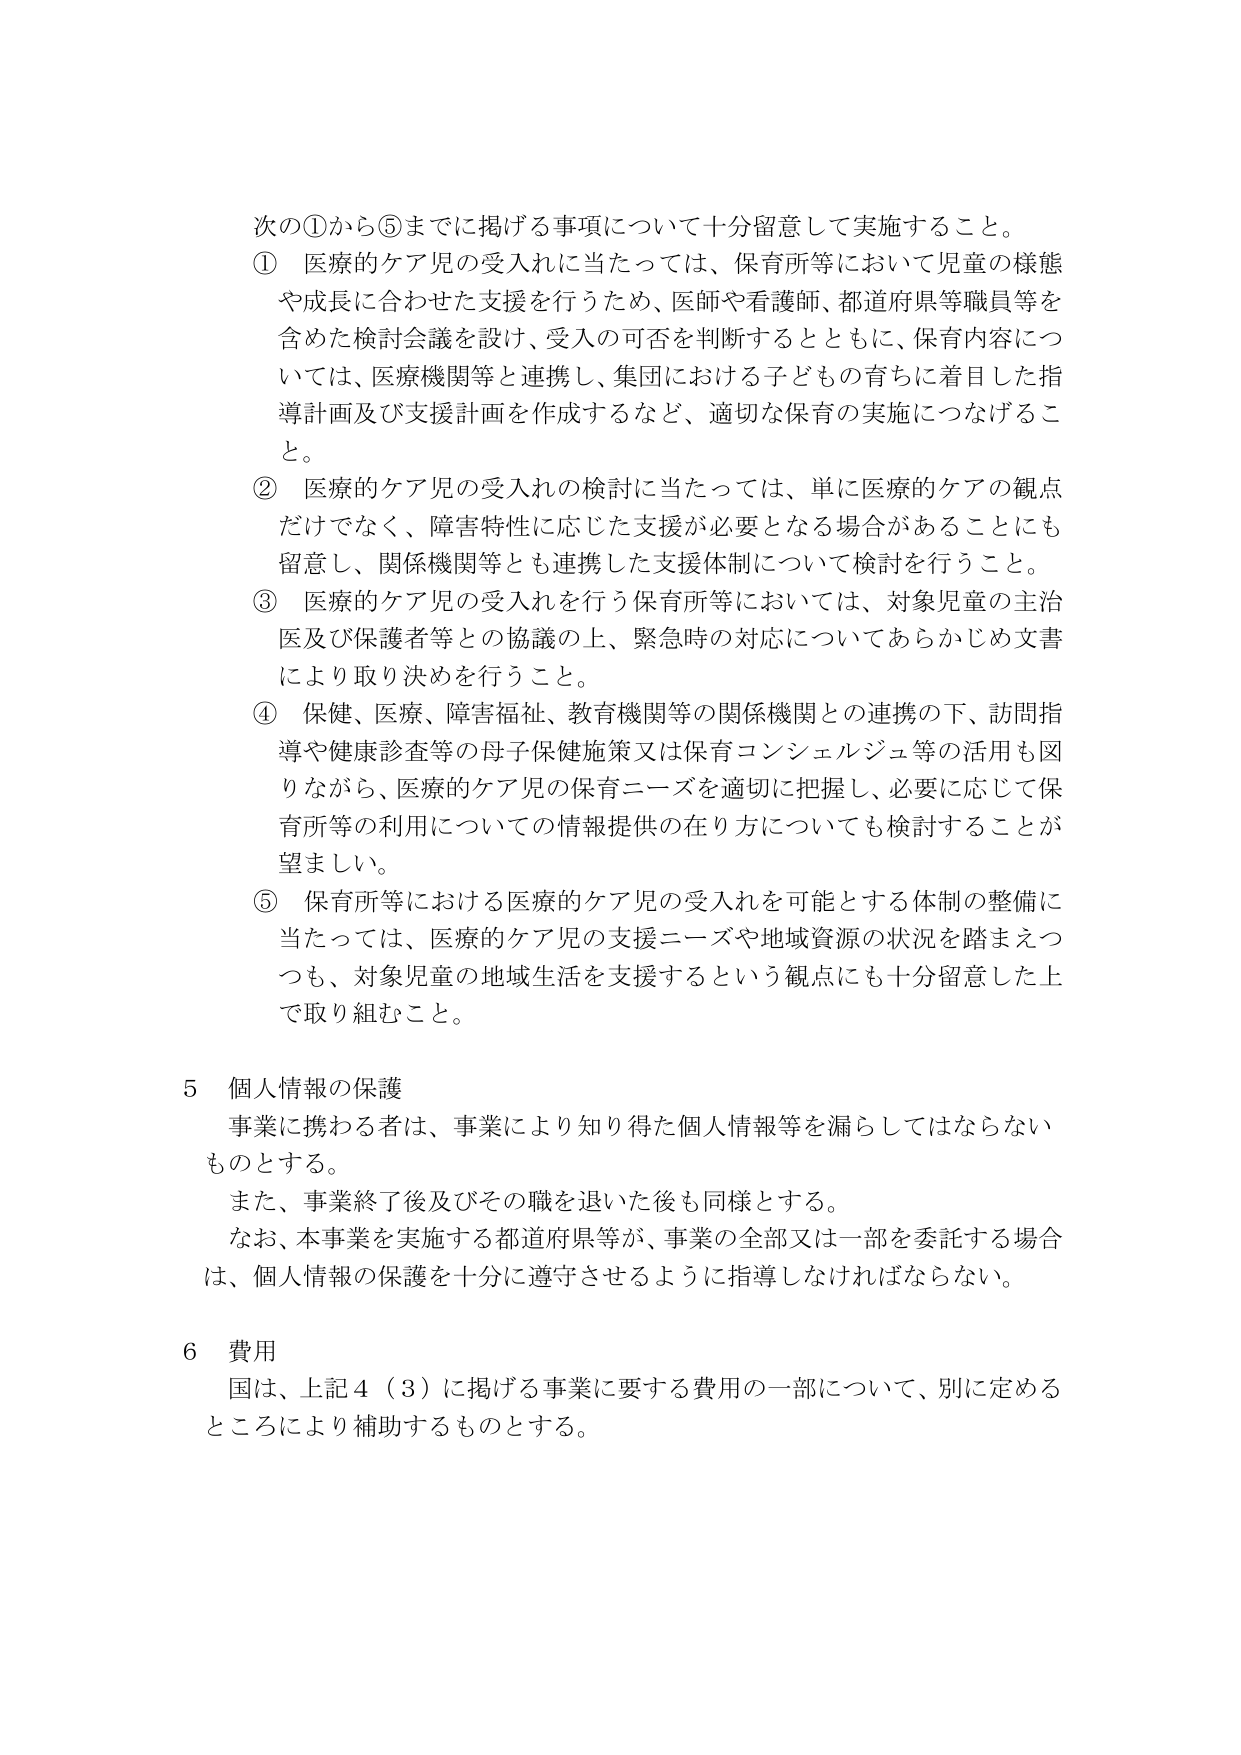
次の①から⑤までに掲げる事項について十分留意して実施すること。

① 医療的ケア児の受入れに当たっては、保育所等において児童の様態や成長に合わせた支援を行うため、医師や看護師、都道府県等職員等を含めた検討会議を設け、受入れの可否を判断するとともに、保育内容については、医療機関等と連携し、集団における子どもの育ちに着目した指導計画及び支援計画を作成するなど、適切な保育の実施につなげること。

② 医療的ケア児の受入れの検討に当たっては、単に医療的ケアの観点だけでなく、障害特性に応じた支援が必要となる場合があることにも留意し、関係機関等とも連携した支援体制について検討を行うこと。

③ 医療的ケア児の受入れを行う保育所等においては、対象児童の主治医及び保護者等との協議の上、緊急時の対応についてあらかじめ文書により取り決めを行うこと。

④ 保健、医療、障害福祉、教育機関等の関係機関との連携の下、訪問指導や健康診査等の母子保健施策又は保育コンシェルジュ等の活用も図りながら、医療的ケア児の保育ニーズを適切に把握し、必要に応じて保育所等の利用についての情報提供の在り方についても検討することが望ましい。

⑤ 保育所等における医療的ケア児の受入れを可能とする体制の整備に当たっては、医療的ケア児の支援ニーズや地域資源の状況を踏まえつつも、対象児童の地域生活を支援するという観点にも十分留意した上で取り組むこと。

5 個人情報の保護
事業に携わる者は、事業により知り得た個人情報等を漏らしてはならないものとする。
また、事業終了後及びその職を退いた後も同様とする。
なお、本事業を実施する都道府県等が、事業の全部又は一部を委託する場合は、個人情報の保護を十分に遵守させるように指導しなければならない。

6 費用
国は、上記4（3）に掲げる事業に要する費用の一部について、別に定めるところにより補助するものとする。